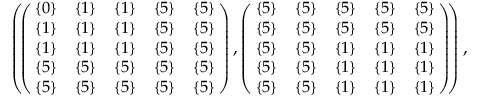
\begin{array} { r } { \small { \left( \! \left( \! \! \begin{array} { c c c c c } { \{ 0 \} } & { \{ 1 \} } & { \{ 1 \} } & { \{ 5 \} } & { \{ 5 \} } \\ { \{ 1 \} } & { \{ 1 \} } & { \{ 1 \} } & { \{ 5 \} } & { \{ 5 \} } \\ { \{ 1 \} } & { \{ 1 \} } & { \{ 1 \} } & { \{ 5 \} } & { \{ 5 \} } \\ { \{ 5 \} } & { \{ 5 \} } & { \{ 5 \} } & { \{ 5 \} } & { \{ 5 \} } \\ { \{ 5 \} } & { \{ 5 \} } & { \{ 5 \} } & { \{ 5 \} } & { \{ 5 \} } \end{array} \! \! \right) , \left( \! \! \begin{array} { c c c c c } { \{ 5 \} } & { \{ 5 \} } & { \{ 5 \} } & { \{ 5 \} } & { \{ 5 \} } \\ { \{ 5 \} } & { \{ 5 \} } & { \{ 5 \} } & { \{ 5 \} } & { \{ 5 \} } \\ { \{ 5 \} } & { \{ 5 \} } & { \{ 1 \} } & { \{ 1 \} } & { \{ 1 \} } \\ { \{ 5 \} } & { \{ 5 \} } & { \{ 1 \} } & { \{ 1 \} } & { \{ 1 \} } \\ { \{ 5 \} } & { \{ 5 \} } & { \{ 1 \} } & { \{ 1 \} } & { \{ 1 \} } \end{array} \! \! \right) \! \right) , } } \end{array}